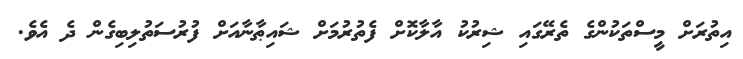
އިތުރަށް މީސްތަކުންގެ ތެރޭގައި ޝިރުކު އާލާކޮށް ފެތުރުމަށް ޝައިޠާނާއަށް ފުރުސަތުލިބިގެން ދެ އެވެ.